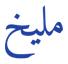
مليخ